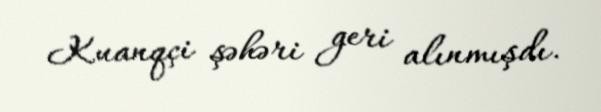
Kuanqçi şəhəri geri alınmışdı.